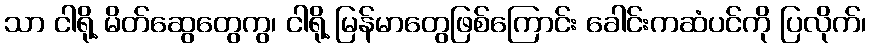
သာ ငါရို့ မိတ်ဆွေတွေကွ၊ ငါရို့ မြန်မာတွေဖြစ်ကြောင်း ခေါင်းကဆံပင်ကို ပြလိုက်၊